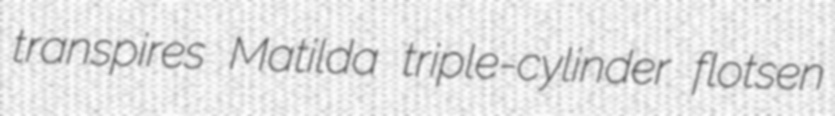
transpires Matilda triple-cylinder flotsen